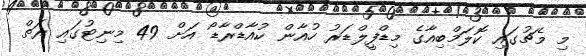
މި މެޗުގައި ކޮލަމްބިއާގެ މިޑްފީލްޑަރު ހުއާން ކުއާޑްރާޑޯ އަށް 49 މިނިޓުގައި ރަތް